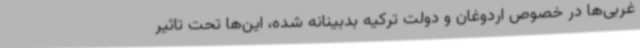
غربی‌ها در خصوص اردوغان و دولت ترکیه بدبینانه شده، این‌ها تحت تاثیر